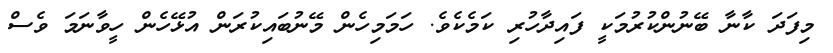
މިފަދަ ކާނާ ބޭނުންކުރުމަކީ ފައިދާހުރި ކަމެކެވެ. ހަމަމިހެން މޭނުބައިކުރަން އުޅޭހެން ހީވާނަމަ ވެސް